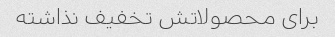
برای محصولاتش تخفیف نذاشته